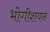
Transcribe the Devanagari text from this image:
भोगीशयन